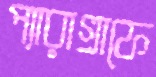
প্যারাগ্রাফে